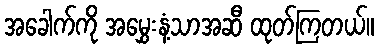
အခေါက်ကို အမွှေးနံ့သာအဆီ ထုတ်ကြတယ်။